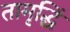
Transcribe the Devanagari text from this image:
तामृद्धिं